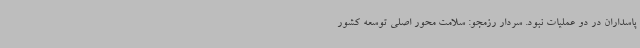
پاسداران در دو عملیات نبود. سردار رزمجو: سلامت محور اصلی توسعه کشور